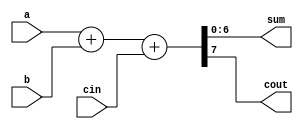

`timescale 1ns / 1ps
module adder(input [6:0] a, input [6:0] b, input cin, output [6:0] sum, output cout);
	assign {cout, sum} = a + b + cin;
endmodule